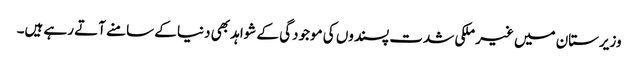
وزیرستان میں غیر ملکی شدت پسندوں کی موجودگی کے شواہد بھی دنیا کے سامنے آتے رہے ہیں۔